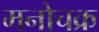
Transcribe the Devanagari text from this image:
मनोचक्र